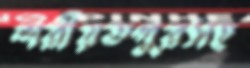
শরীয়তপুরসহ